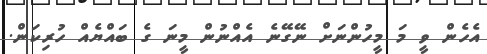
އެހެން ވީ މަ މީހުންނަށް ނޭގޭނެ އެއްނުން މީނަ ގެ ބައްޔެއް ހުރިކަން.